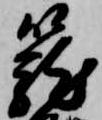
籠